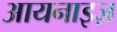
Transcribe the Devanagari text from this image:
आयनाइज़